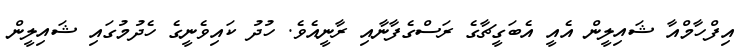
އިފްހާމްއާ ޝައިލީން އެއީ އެބަގީޗާގެ ރަސްގެފާނާއި ރާނީއެވެ. ހުދު ކައިވެނީގެ ހެދުމުގައި ޝައިލީން